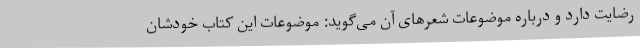
رضایت دارد و درباره موضوعات شعرهای آن می‌گوید: موضوعات این کتاب خودشان